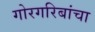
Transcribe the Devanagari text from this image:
गोरगरिबांचा